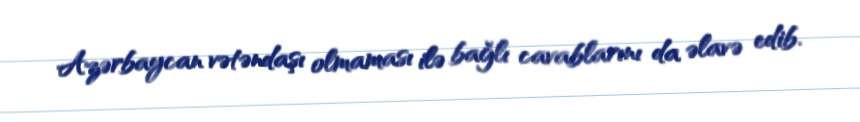
Azərbaycan vətəndaşı olmaması ilə bağlı cavablarını da əlavə edib.